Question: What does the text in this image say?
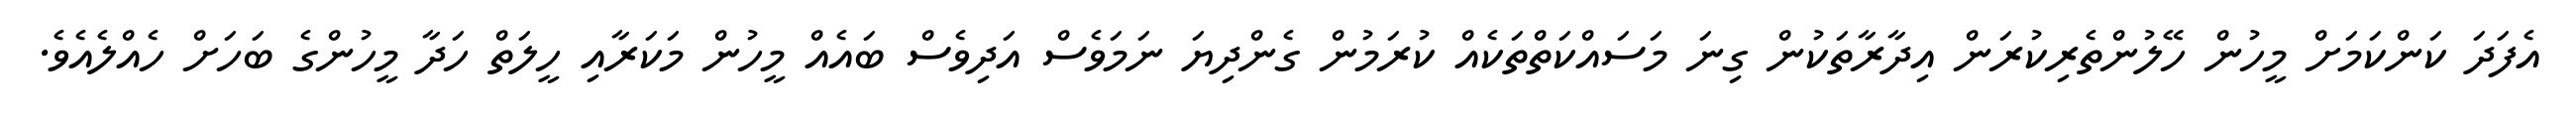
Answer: އެފަދަ ކަންކަމަށް މީހުން ހޭލުންތެރިކުރަން އިދާރާތަކުން ގިނަ މަސައްކަތްތަކެއް ކުރަމުން ގެންދިޔަ ނަމަވެސް އަދިވެސް ބައެއް މީހުން މަކަރާއި ހީލަތް ހަދާ މީހުންގެ ބަހަށް ހެއްލެއެވެ.